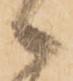
候